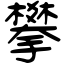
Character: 攀